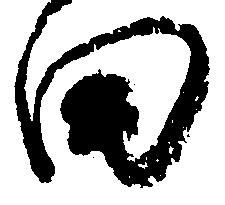
田